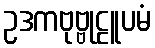
ဥဒကဗုဗ္ဗုဠူပမံ